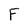
Character: F